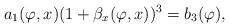
LaTeX: \begin{align*}a_1(\varphi, x) (1+\beta_x(\varphi, x))^3=b_3(\varphi),\end{align*}